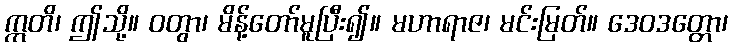
ဣတိ၊ ဤသို့။ ဝတွာ၊ မိန့်တော်မူပြီး၍။ မဟာရာဇ၊ မင်းမြတ်။ ဒေဝဒတ္တော၊